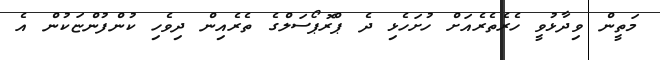
މަތީން ވިދާޅުވީ ހެރެތެރެއަށް ހުށަހެޅި ދެ ޕްރޮޕޯސަލްގެ ތެރެއިން ދިވެހި ކުންފުންޏަކުން އެ